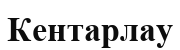
Кентарлау